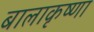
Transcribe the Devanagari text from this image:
बालाकृष्णा